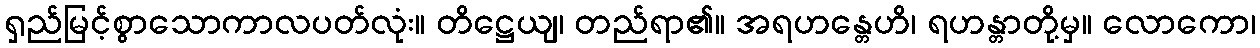
ရှည်မြင့်စွာသောကာလပတ်လုံး။ တိဋ္ဌေယျ၊ တည်ရာ၏။ အရဟန္တေဟိ၊ ရဟန္တာတို့မှ။ လောကော၊